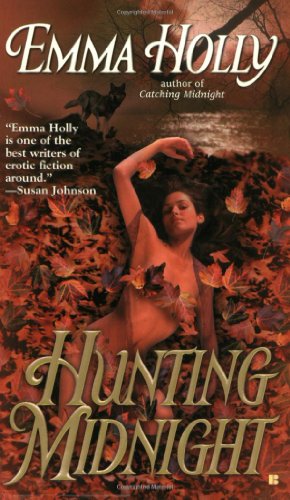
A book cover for Hunting Midnight; Emma Holly; Romance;